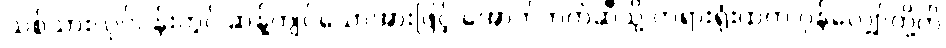
သစ်သားလုပ်ငန်းတွင် ဆန့်ကျင်သောအားဖြင့် အောက်ဘက်ဆီသို့ တရားရုံးထဲက ဂုန်လျှော်တို့ကို